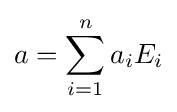
a=\sum _{i=1}^{n}a_{i}E_{i}